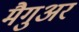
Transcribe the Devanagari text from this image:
मैगुअर